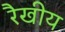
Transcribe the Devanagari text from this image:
रैखीय